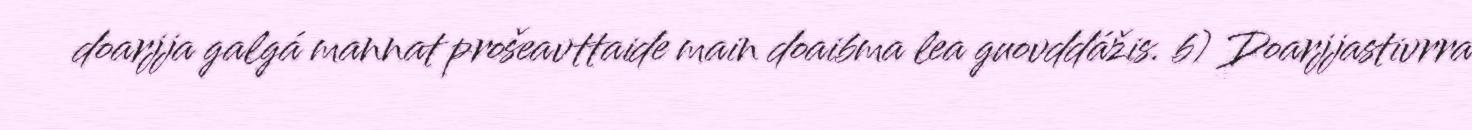
doarjja galgá mannat prošeavttaide main doaibma lea guovddážis. b) Doarjjastivrra